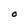
Character: O